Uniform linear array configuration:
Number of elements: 4
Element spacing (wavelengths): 1
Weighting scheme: blackman
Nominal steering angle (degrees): -15
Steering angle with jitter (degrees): -13.44
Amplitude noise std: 0.05
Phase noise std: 0.05

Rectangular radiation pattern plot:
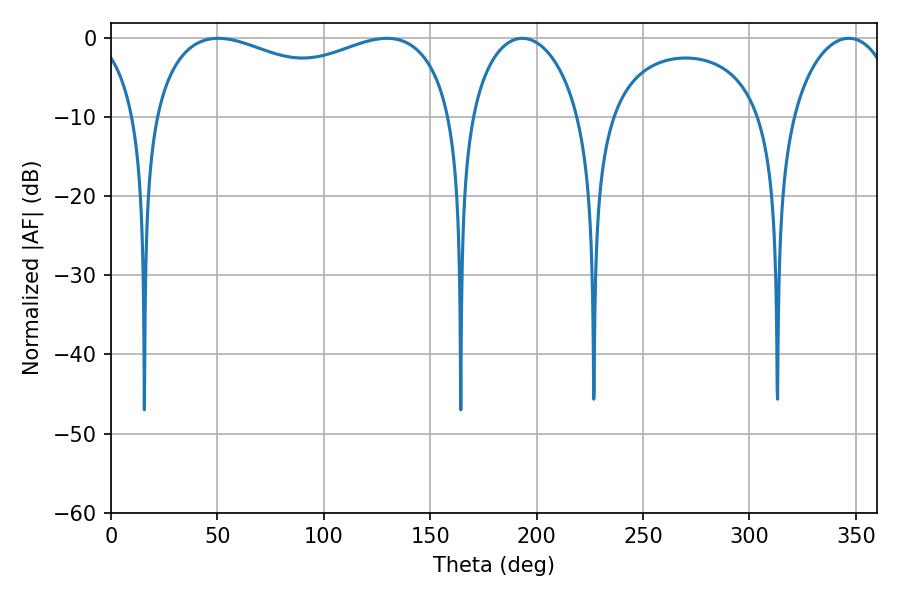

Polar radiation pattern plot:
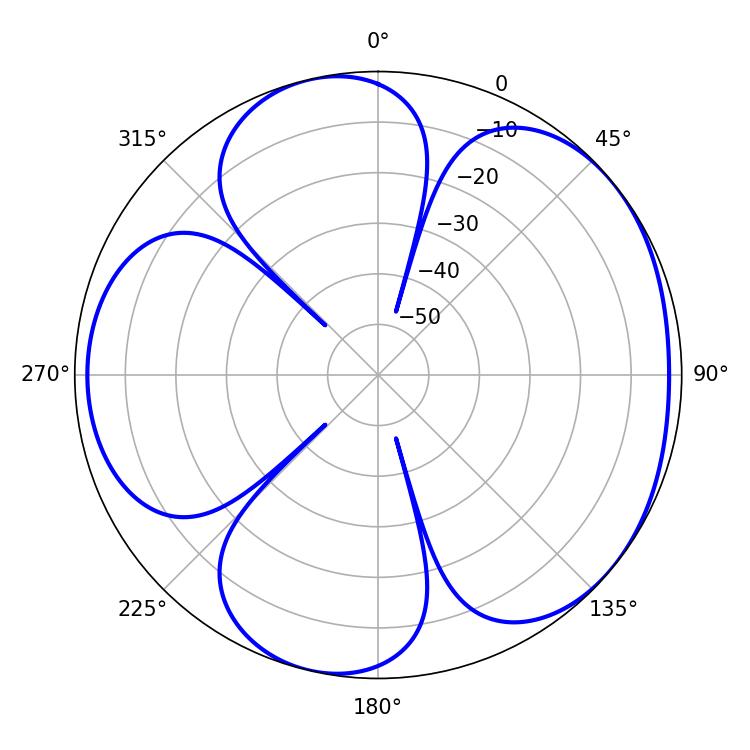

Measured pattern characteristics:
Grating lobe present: TRUE
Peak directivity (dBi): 4.803
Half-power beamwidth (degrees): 117
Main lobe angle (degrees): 50.4